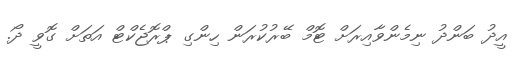
އީދު ބަންދު ނިމެންވާއިރަށް ޓޮމް ބޭރުކުރަން ހިންގި ޕްރޮޖެކްޓް އަތަށް ގޮވީ ދޯ.